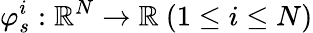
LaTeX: \varphi_{s}^{i}:\mathbb{R}^{N}\rightarrow\mathbb{R}~(1\leq i\leq N)